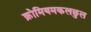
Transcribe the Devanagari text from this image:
क्रोमियमकलछुल